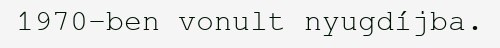
1970-ben vonult nyugdíjba.